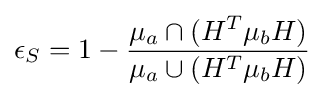
\epsilon _{S}=1-{\frac {\mu _{a}\cap (H^{T}\mu _{b}H)}{\mu _{a}\cup (H^{T}\mu _{b}H)}}